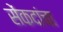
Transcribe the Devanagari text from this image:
सेंकदांचा